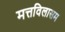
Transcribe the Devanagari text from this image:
मत्तविलासम